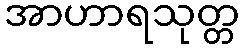
အာဟာရသုတ္တ